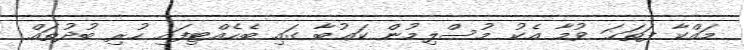
މައްކާ ފަތަޙަ ވުމާ އެކު މުސްލިމުން ކަޢުބާ ގައި ބެހެއްޓިފައި ހުރި ބުދުތައް